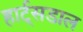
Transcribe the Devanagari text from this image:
हार्ट्‌सडाल